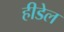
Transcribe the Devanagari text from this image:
हीडेल